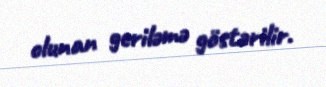
olunan geriləmə göstərilir.